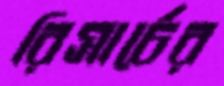
রিসার্চের